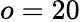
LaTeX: o=20